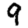
Digit: 9